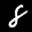
Digit: 8